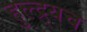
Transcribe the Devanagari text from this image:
हुल्द्र्यच